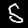
Digit: 5